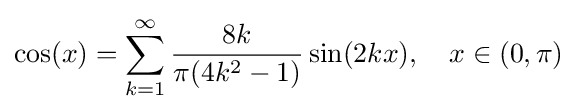
\cos(x)=\sum _{k=1}^{\infty }{\frac {8k}{\pi (4k^{2}-1)}}\sin(2kx),\quad x\in (0,\pi )